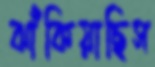
ঝাঁকিয়াছিস